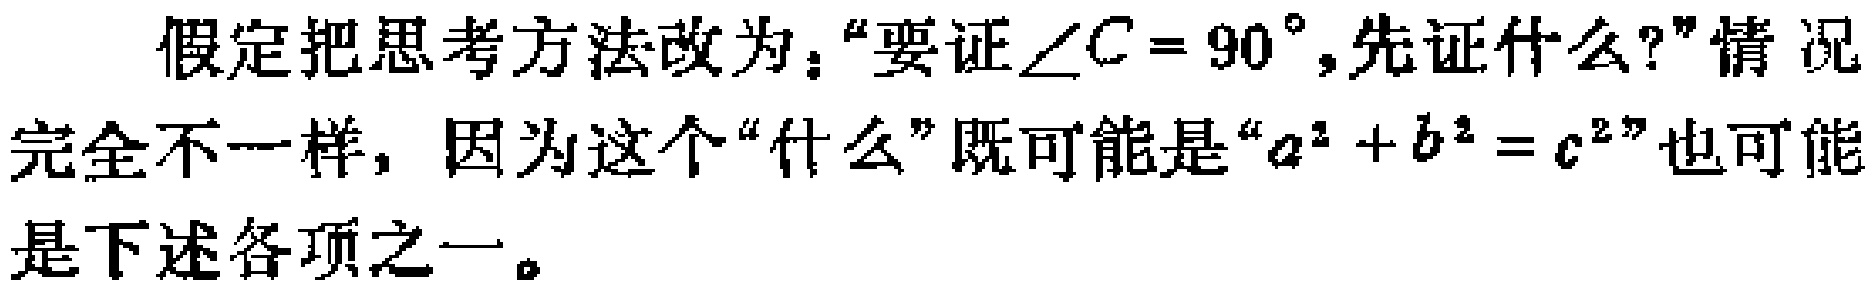
假定把思考方法改为：“要证\(\angle C = 90^{\circ}\),先证什么?”情况完全不一样，因为这个“什么”既可能是“\(a^{2}+b^{2}=c^{2}\)”也可能是下述各项之一。